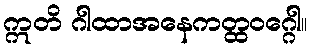
ဣတိ ဂါထာအနေကတ္ထဝဂ္ဂေါ။